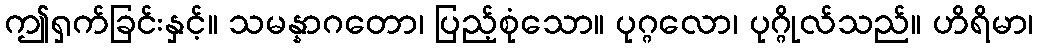
ဤရှက်ခြင်းနှင့်။ သမန္နာဂတော၊ ပြည့်စုံသော။ ပုဂ္ဂလော၊ ပုဂ္ဂိုလ်သည်။ ဟိရိမာ၊